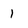
Character: I